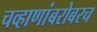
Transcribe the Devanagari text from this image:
चव्हाणांबरोबरच